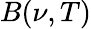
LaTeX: B(\nu,T)